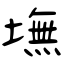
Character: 墲